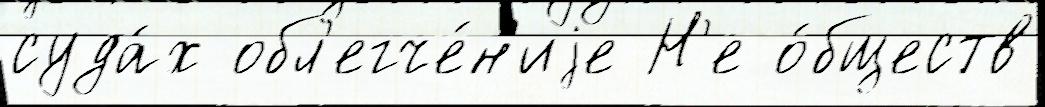
суда́х обл'егче́н'иjе Н'е о́бществ